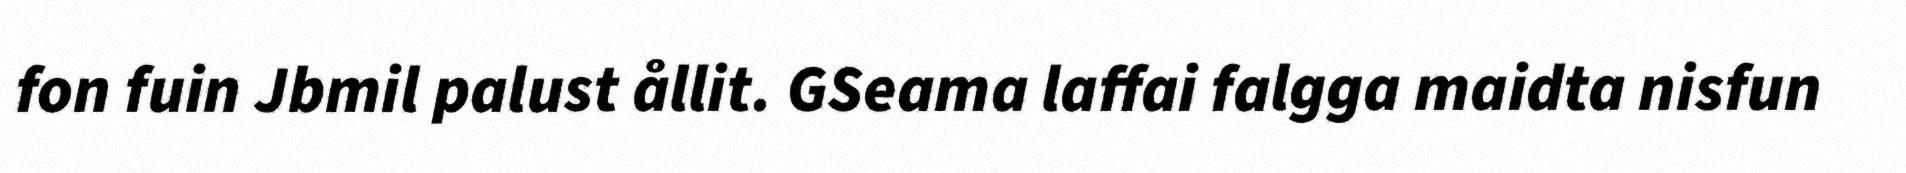
fon fuin Jbmil palust ållit. GSeama laffai falgga maidta nisfun